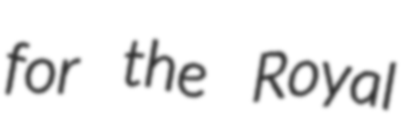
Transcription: for the Royal